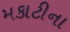
મકાટીના